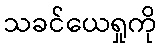
သခင်ယေရှုကို